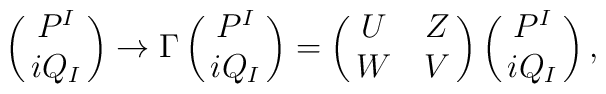
\pmatrix{P^I\cr i Q_I\cr}\rightarrow \Gamma\pmatrix{P^I\cr  i Q_I\cr}=\pmatrix{U&Z\cr W&V\cr}\pmatrix{P^I\cr i Q_I\cr},